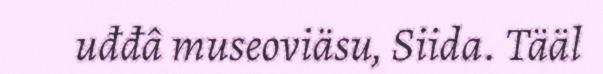
uđđâ museoviäsu, Siida. Tääl